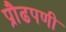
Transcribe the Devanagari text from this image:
प्रौढपणी